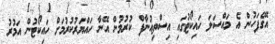
އޭގެފަހުން އެ މައްސަލަ ހައިކޯޓުގައި އިސްތިއުނާފް ކުރުމުން އޭނާ ހައްޔަރުކުރުމަށް ހައިކޯޓުން އަމުރު